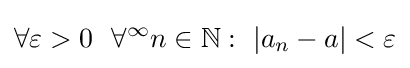
\forall \varepsilon >0\ \ \forall ^{\infty }n\in \mathbb {N} :\ \vert a_{n}-a\vert <\varepsilon